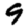
Digit: 9